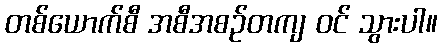
တစ်ယောက်စီ အစီအစဉ်တကျ ဝင် သွားပါ။